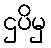
ဌပိမှ